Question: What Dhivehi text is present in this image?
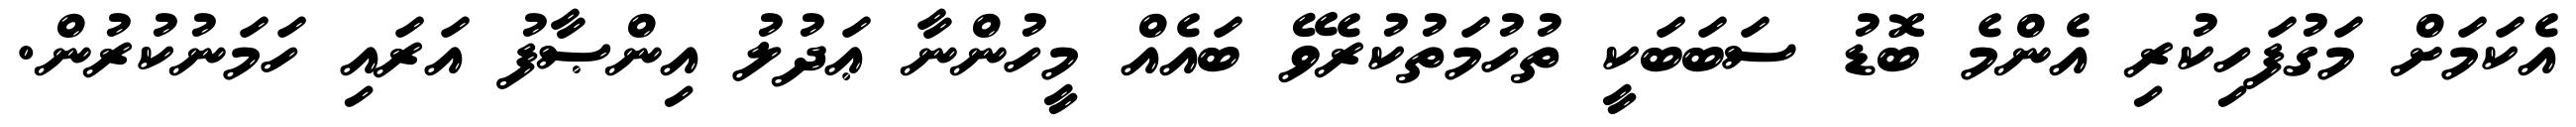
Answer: އެކަމަށް މަގުފަހިކުރި އެންމެ ބޮޑު ސަބަބަކީ ތުހުމަތުކުރެވޭ ބައެއް މީހުންނާ ޢަދުލު އިންޞާފު އަރައި ހަމަނުކުރުން.